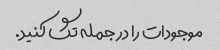
موجودات را در جمله تگ کنید.